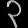
Digit: ၃